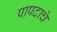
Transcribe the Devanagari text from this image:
पापदाचे